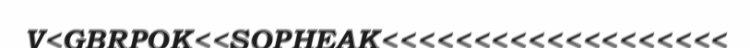
V<GBRPOK<<SOPHEAK<<<<<<<<<<<<<<<<<<<